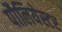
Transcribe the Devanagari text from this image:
पौलियेस्टर